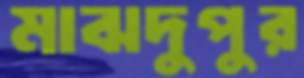
মাঝদুপুর